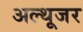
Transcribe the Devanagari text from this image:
अल्थूजर